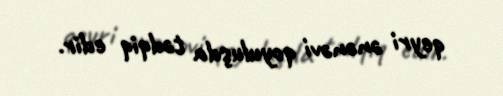
qeyri ənənəvi qoyuluşda tədqiq edir.